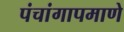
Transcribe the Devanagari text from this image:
पंचांगापमाणे